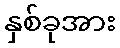
နှစ်ခုအား